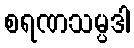
စရဏသမ္ပဒါ